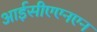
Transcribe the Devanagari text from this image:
आईसीएएनएन